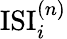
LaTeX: \mathrm{ISI}_{i}^{(n)}